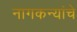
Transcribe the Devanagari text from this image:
नागकन्यांचे